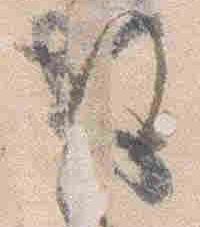
後